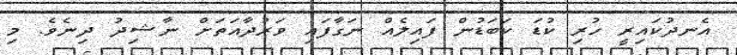
އެނދުކައިރީ ހުރި ކުޑަ ކަބަޑުން ފައިލެއް ނަގާފައި ވަރުދާއަތަށް ނާޝިދު ދިނެވެ. މި